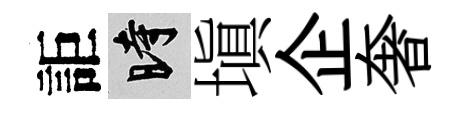
詎时塡企奢